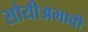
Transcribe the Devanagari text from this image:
सोयीअभावी